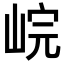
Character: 𡷗